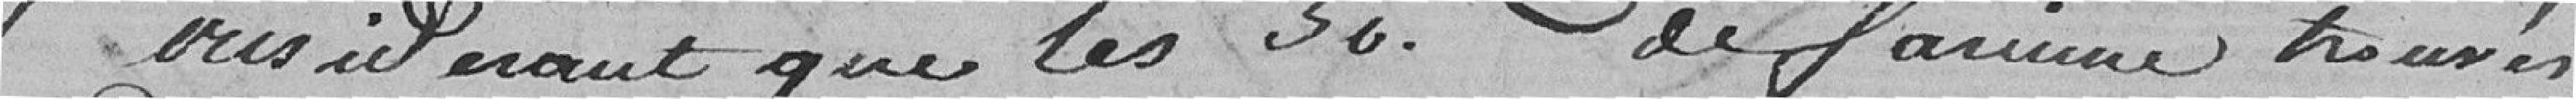
Considérant que les 50 livres de farine trouvés